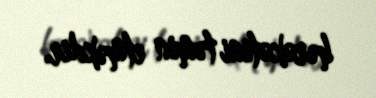
hərəkətini təmin etməkdir.